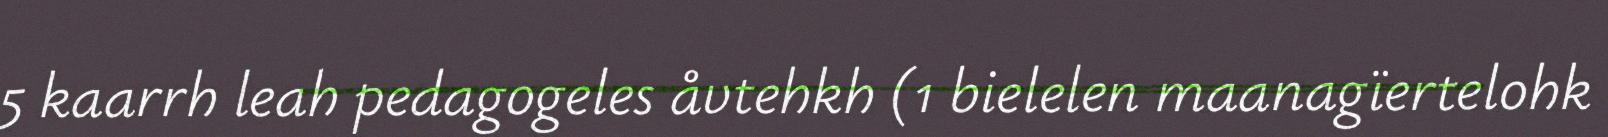
5 kaarrh leah pedagogeles åvtehkh (1 bielelen maanagïertelohk